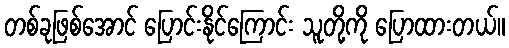
တစ်ခုဖြစ်အောင် ပြောင်းနိုင်ကြောင်း သူတို့ကို ပြောထားတယ်။